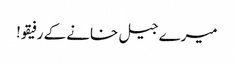
میرے جیل خانے کے رفیقو!